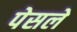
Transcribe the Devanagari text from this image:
पेसले